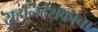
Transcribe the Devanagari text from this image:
सहनिर्देशकांचा